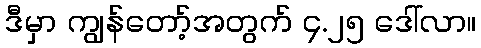
ဒီမှာ ကျွန်တော့်အတွက် ၄.၂၅ ဒေါ်လာ။